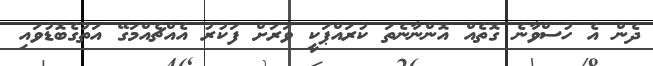
ދެން އެ ހުސްވާނެ ގޮތެއް އޮންނާނެތަ ކުރައްޕަކީ ވަރަށް ފަކުރު އެއްޗެއްމަގޭ އަތުގެބޮޑުވައި